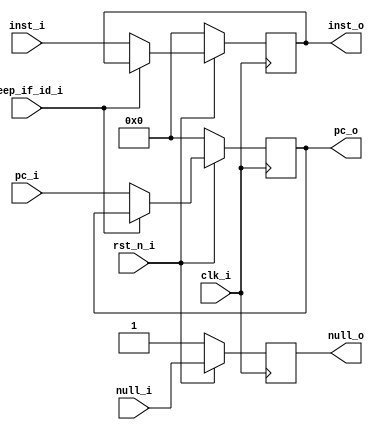
module if_id(
input   wire            rst_n_i,
input   wire            clk_i,
input   wire            keep_if_id_i,
input   wire    [31:0]  inst_i,
input   wire    [31:0]  pc_i,
output  reg     [31:0]  inst_o,
output  reg     [31:0]  pc_o,
input   wire            null_i,
output  reg             null_o
);

always@(posedge clk_i) begin
    if (~rst_n_i) null_o <= 1'b1;
    else null_o <= null_i;
end

always@(posedge clk_i) begin
    if (~rst_n_i) pc_o <= 32'b0;
    else if (~keep_if_id_i) pc_o <= pc_i;
    else pc_o <= pc_o;
end

always@(posedge clk_i) begin
    if (~rst_n_i) inst_o <= 32'b0;
    else if (~keep_if_id_i) inst_o <= inst_i;
    else inst_o <= inst_o;
end

endmodule